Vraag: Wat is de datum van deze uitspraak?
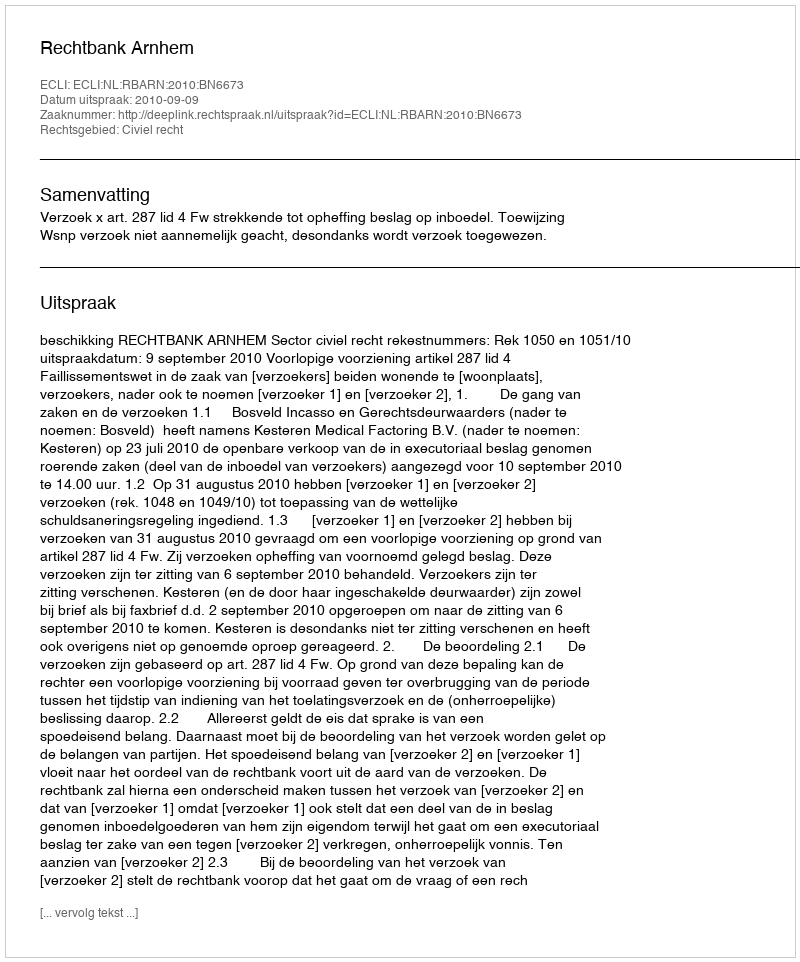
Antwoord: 2010-09-09